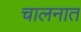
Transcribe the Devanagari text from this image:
चालनात